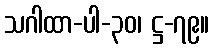
သဂါထာ-ပါ-၃၀၊ ဋ္ဌ-၇၉။